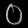
Digit: ၀